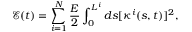
\mathcal { E } ( t ) = \sum _ { i = 1 } ^ { N } \frac { E } { 2 } \int _ { 0 } ^ { L ^ { i } } d s [ \kappa ^ { i } ( s , t ) ] ^ { 2 } ,